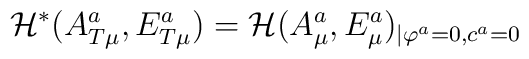
{\cal H}^{*}(A_{T\mu }^a,E_{T\mu }^a)={\cal H}(A_\mu ^a,E_\mu ^a)_{\mid\varphi ^a=0,c^a=0}